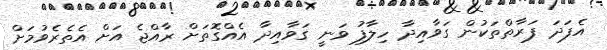
އެފަދަ ފަރާތްތަކުން ގަވާއިދާ ހިލާފު ވަނީ ގަވާއިދާ އެއްގޮތަށް ރާއްޖެ އަށް އެތެރެވުމަށް